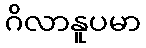
ဂိလာနူပမာ